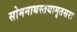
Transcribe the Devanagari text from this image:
सोमनाथस्तथामृतसरः